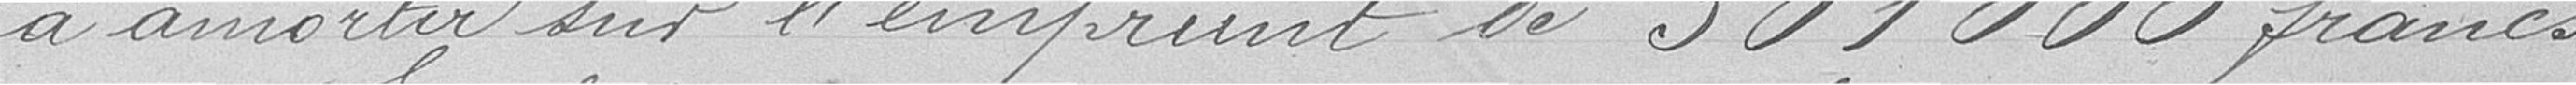
à amortir sur l'emprunt de 301.000 francs